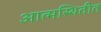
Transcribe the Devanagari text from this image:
आत्मस्थितीत